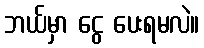
ဘယ်မှာ ငွေ ပေးရမလဲ။